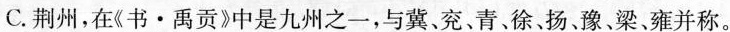
C.荆州，在《书·禹贡》中是九州之一，与冀、兖、青、徐、扬、豫、梁、雍并称。